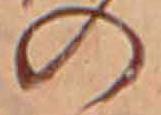
の